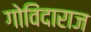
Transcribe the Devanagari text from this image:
गोविंदाराज